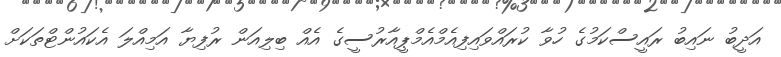
އަދީބު ނައިބު ރައީސްކަމުގެ ހުވާ ކުރައްވައިފިއެމްއެމްޕީއާރުސީގެ އެއް ބިލިއަން ރުފިޔާ އަމިއްލަ އެކައުންޓްތަކަށް